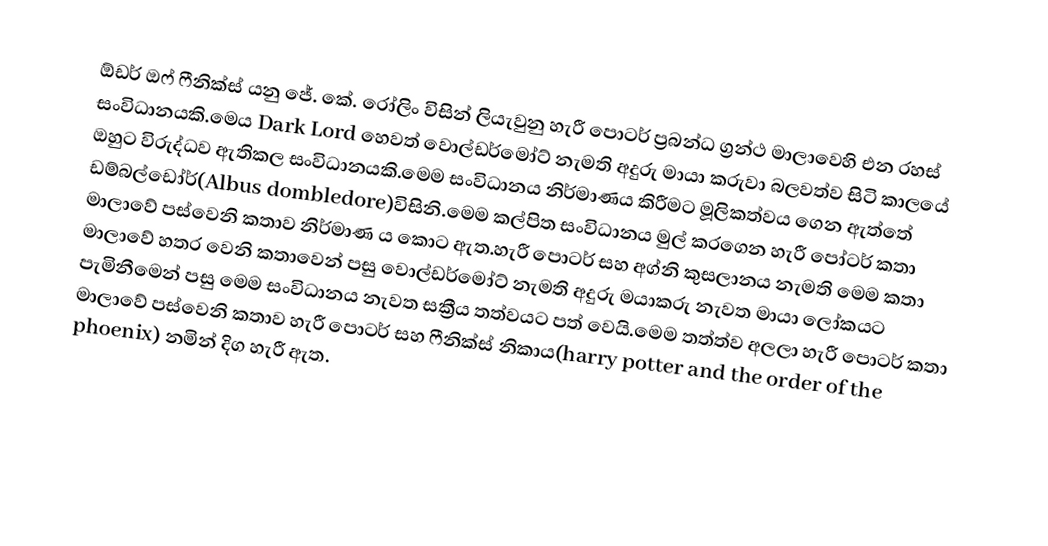
ඕඩර් ඔෆ් ෆීනික්ස් යනු ජේ. කේ. රෝලිං විසින් ලියැවුනු  හැරී පොටර් ප්‍රබන්ධ ග්‍රන්ථ මාලාවෙහි එන රහස් සංවිධානයකි.මෙය Dark Lord හෙවත් වොල්ඩර්මෝට් නැමති අදුරු මායා කරුවා බලවත්ව සිටි කාලයේ ඔහුට විරුද්ධව ඇතිකල සංවිධානයකි.මෙම සංවිධානය නිර්මාණය කිරීමට මූලිකත්වය ගෙන ඇත්තේ ඩම්බල්ඩෝර්(Albus dombledore)විසිනි.මෙම කල්පිත සංවිධානය මුල් කරගෙන හැරී පෝටර් කතා මාලාවේ පස්වෙනි කතාව නිර්මාණ ය කොට ඇත.හැරී පොටර් සහ අග්නි කුසලානය නැමති මෙම කතා මාලාවේ හතර වෙනි කතාවෙන් පසු වොල්ඩර්මෝට් නැමති අදුරු මයාකරු නැවත මායා ලෝකයට පැමිනීමෙන් පසු මෙම සංවිධානය නැවත සක්‍රීය තත්වයට පත් වෙයි.මෙම තත්ත්ව අලලා හැරී පොටර් කතා මාලාවේ පස්වෙනි කතාව හැරී පොටර් සහ ෆීනික්ස් නිකාය(harry potter and the order of the phoenix) නමින් දිග හැරී ඇත.